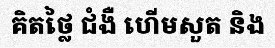
គិតថ្លៃ ជំងឺ ហើមសួត និង